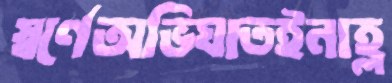
স্বর্ণেঅভিঘাতইনাহ্ল